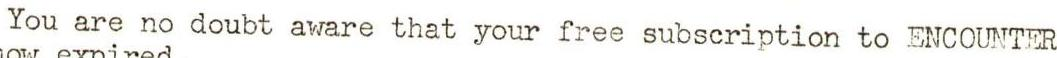
You are no doubt aware that your free subscription to ENCOUNTER